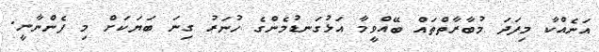
އަނެއްކާ މިފަދަ މުބާރާތްތައް ބޭއްވީމާ އަޅުގަނޑުމެންގެ ހުނަރު ގިނަ ބަޔަކަށް މި ފެންނާނީ.